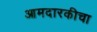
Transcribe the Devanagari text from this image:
आमदारकीचा